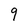
Character: 9